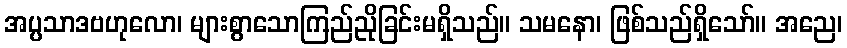
အပ္ပသာဒဗဟုလော၊ များစွာသောကြည်ညိုခြင်းမရှိသည်။ သမနော၊ ဖြစ်သည်ရှိသော်။ အညေ၊